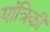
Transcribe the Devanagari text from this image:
यांत्रिकी